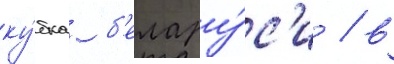
ку́бка б'елару́с'и / в